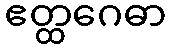
ဧတ္ထဂေဓာ